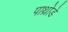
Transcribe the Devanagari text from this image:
पाथ्रोडे